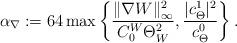
LaTeX: \begin{align*} \alpha_\nabla:=64\max\left\{ \frac{ \|\nabla W\|_{\infty}^2}{C^W_0 \Theta_W^2 }, \frac{|c_\Theta^1|^2}{c_\Theta^0}\right\} . \end{align*}